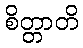
စိတ္တာတိ